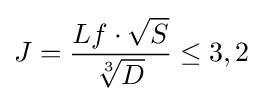
J={\frac {Lf\cdot {\sqrt {S}}}{\sqrt[{3}]{D}}}\leq 3,2